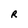
Character: R